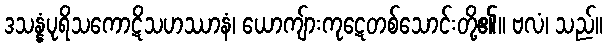
ဒသန္နံပုရိသကောဋိသဟဿာနံ၊ ယောကျ်ားကုဋေတစ်သောင်းတို့၏။ ဗလံ၊ သည်။